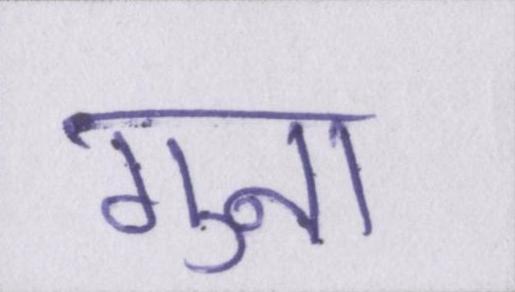
गुना